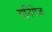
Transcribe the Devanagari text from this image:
यूनिगेज